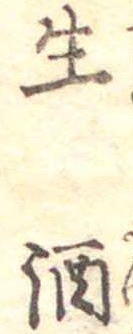
生酒